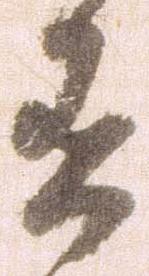
有